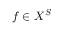
f \in X ^ { S }